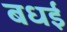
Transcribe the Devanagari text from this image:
बधई